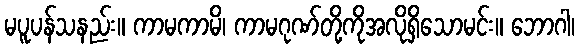
မပူပန်သနည်း။ ကာမကာမိ၊ ကာမဂုဏ်တို့ကိုအလိုရှိသောမင်း။ ဘောဂါ၊